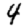
Digit: 4